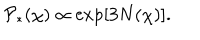
LaTeX: { \cal P } _ { * } ( \chi ) \propto \exp [ 3 N ( \chi ) ] .